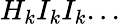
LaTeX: H_{k}I_{k}I_{k}...